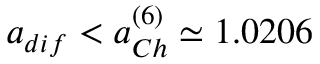
a _ { d i f } < a _ { C h } ^ { ( 6 ) } \simeq 1 . 0 2 0 6